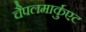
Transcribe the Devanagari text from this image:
चैपलमार्कुएट